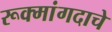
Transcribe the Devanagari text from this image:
रूक्मांगदाचे